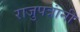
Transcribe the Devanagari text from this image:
राजुपत्रांनी